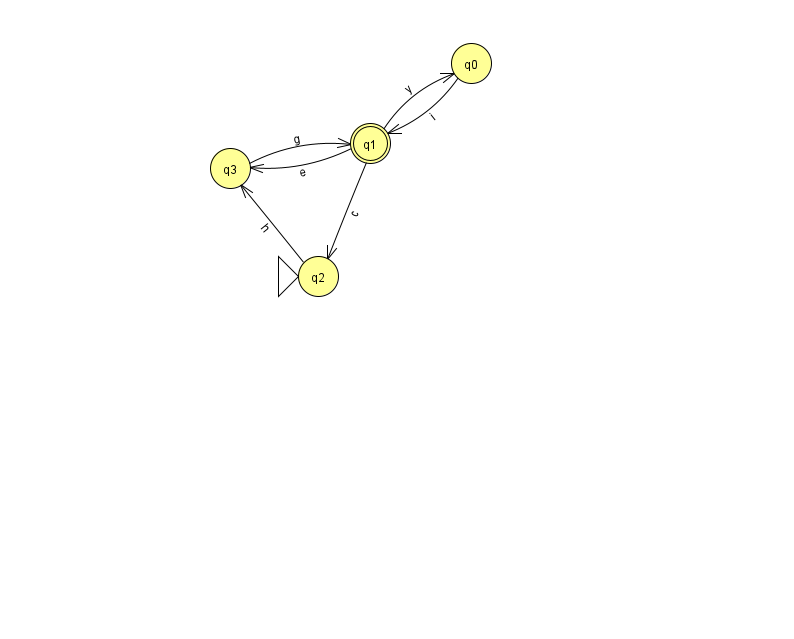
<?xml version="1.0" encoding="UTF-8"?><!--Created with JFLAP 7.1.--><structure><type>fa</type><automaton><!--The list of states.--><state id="0" name="q0"><x>471.0</x><y>50.0</y></state><state id="1" name="q1"><x>370.0</x><y>130.0</y><final/></state><state id="2" name="q2"><x>318.0</x><y>263.0</y><initial/></state><state id="3" name="q3"><x>230.0</x><y>155.0</y></state><!--The list of transitions.--><transition><from>1</from><to>2</to><read>c</read></transition><transition><from>3</from><to>1</to><read>g</read></transition><transition><from>1</from><to>3</to><read>e</read></transition><transition><from>0</from><to>1</to><read>i</read></transition><transition><from>1</from><to>0</to><read>y</read></transition><transition><from>2</from><to>3</to><read>h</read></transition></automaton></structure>